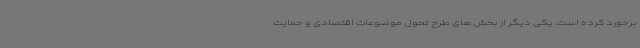
برخورد کرده است. یکی دیگر از بخش های طرح تحول موضوعات اقتصادی و حمایت